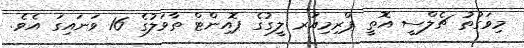
މިވަގުތު ޗެލްސީ އޮތީ ޕްރިމިއަރ ލީގުގެ ޕޮއިންޓް ތާވަލުގެ 16 ވަނައިގަ އެވެ.